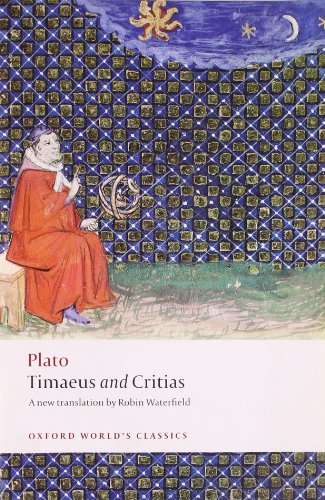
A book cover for Timaeus and Critias (Oxford World's Classics); Plato; Literature & Fiction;